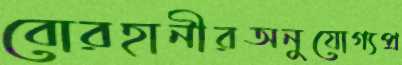
বোরহানীরঅনুযোগ্যপ্র